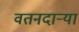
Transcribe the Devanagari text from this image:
वतनदार्‍या